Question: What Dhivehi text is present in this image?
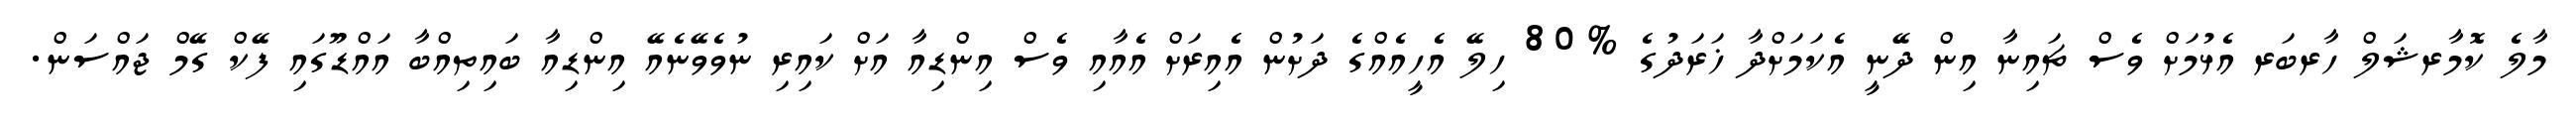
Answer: މާލެ ކޮމާރޝަލް ހާރބަރ އެޅުމަށް ވެސް ޗައިނާ އިން ދޭނީ އެކަމަށްދާ ޚަރަދުގެ %80 ހިލޭ އެހީއެއްގެ ދަށުން އެއިރަށް އެއާއި ވެސް އިންޑިއާ އަށް ކައިރި ނުވެވޭނެއޭ އިންޑިއާ ބައިތިއްބާ އައްޑޫގައި ފޭކް ގޭމް ޖައްސަން.